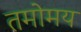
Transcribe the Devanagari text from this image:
तमोमय